Indian journal of veterinary science and animal husbandry - Volumes 18-21, 1948-1951
Year: 1948
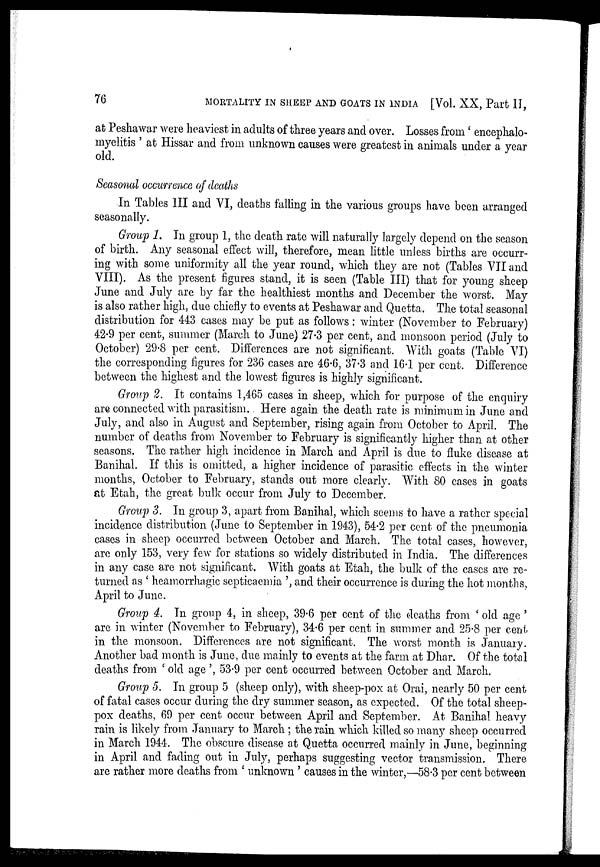
76
MORTALITY IN SHEEP AND GOATS IN INDIA [Vol. XX, Part II,
at Peshawar were heaviest in adults of three years and over. Losses from' encephalo-
myelitis' at Hissar and from unknown causes were greatest in animals under a year
old.
Seasonal occurrence of deaths
In Tables III and VI, deaths falling in the various groups have been arranged
seasonally.
Group 1. In group 1, the death rate will naturally largely depend on the season
of birth. Any seasonal effect will, therefore, mean little unless births are occurr-
ing with some uniformity all the year round, which they are not (Tables VII and
VIII). As the present figures stand, it is seen (Table III) that for young sheep
June and July are by far the healthiest months and December the worst. May
is also rather high, due chiefly to events at Peshawar and Quetta. The total seasonal
distribution for 443 cases may be put as follows : winter (November to February)
42.9 per cent, summer (March to June) 27.3 per cent, and monsoon period (July to
October) 29.8 per cent. Differences are not significant. With goats (Table VI)
the corresponding figures for 236 cases are 46.6, 37.3 and 16.1 per cent. Difference
between the highest and the lowest figures is highly significant.
Group 2. It contains 1,465 cases in sheep, which for purpose of the enquiry
are connected with parasitism. Here again the death rate is minimum in June and
July, and also in August and September, rising again from October to April. The
number of deaths from November to February is significantly higher than at other
seasons. The rather high incidence in March and April is due to fluke disease at
Banihal. If this is omitted, a higher incidence of parasitic effects in the winter
months, October to February, stands out more clearly. With 80 cases in goats
at Etah, the great bulk occur from July to December.
Group 3. In group 3, apart from Banihal, which seems to have a rather special
incidence distribution (June to September in 1943), 54.2 per cent of the pneumonia
cases in sheep occurred between October and March. The total cases, however,
are only 153, very few for stations so widely distributed in India. The differences
in any case are not significant. With goats at Etah, the bulk of the cases are re-
turned as 'heamorrhagic septicaemia', and their occurrence is during the hot months,
April to June.
Group 4. In group 4, in sheep, 39.6 per cent of the deaths from 'old age'
are in winter (November to February), 34.6 per cent in summer and 25.8 per cent
in the monsoon. Differences are not significant. The worst month is January.
Another bad month is June, due mainly to events at the farm at Dhar. Of the total
deaths from 'old age', 53.9 per cent occurred between October and March.
Group 5. In group 5 (sheep only), with sheep-pox at Orai, nearly 50 per cent
of fatal cases occur during the dry summer season, as expected. Of the total sheep-
pox deaths, 69 per cent occur between April and September. At Banihal heavy
rain is likely from January to March; the rain which killed so many sheep occurred
in March 1944. The obscure disease at Quetta occurred mainly in June, beginning
in April and fading out in July, perhaps suggesting vector transmission. There
are rather more deaths from 'unknown' causes in the winter,—58.3 per cent between